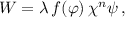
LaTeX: W = \lambda \, f ( \varphi ) \, \chi ^ { n } \psi \, ,